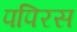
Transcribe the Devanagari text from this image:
पपिरस